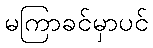
မကြာခင်မှာပင်